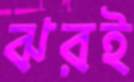
ঝরই